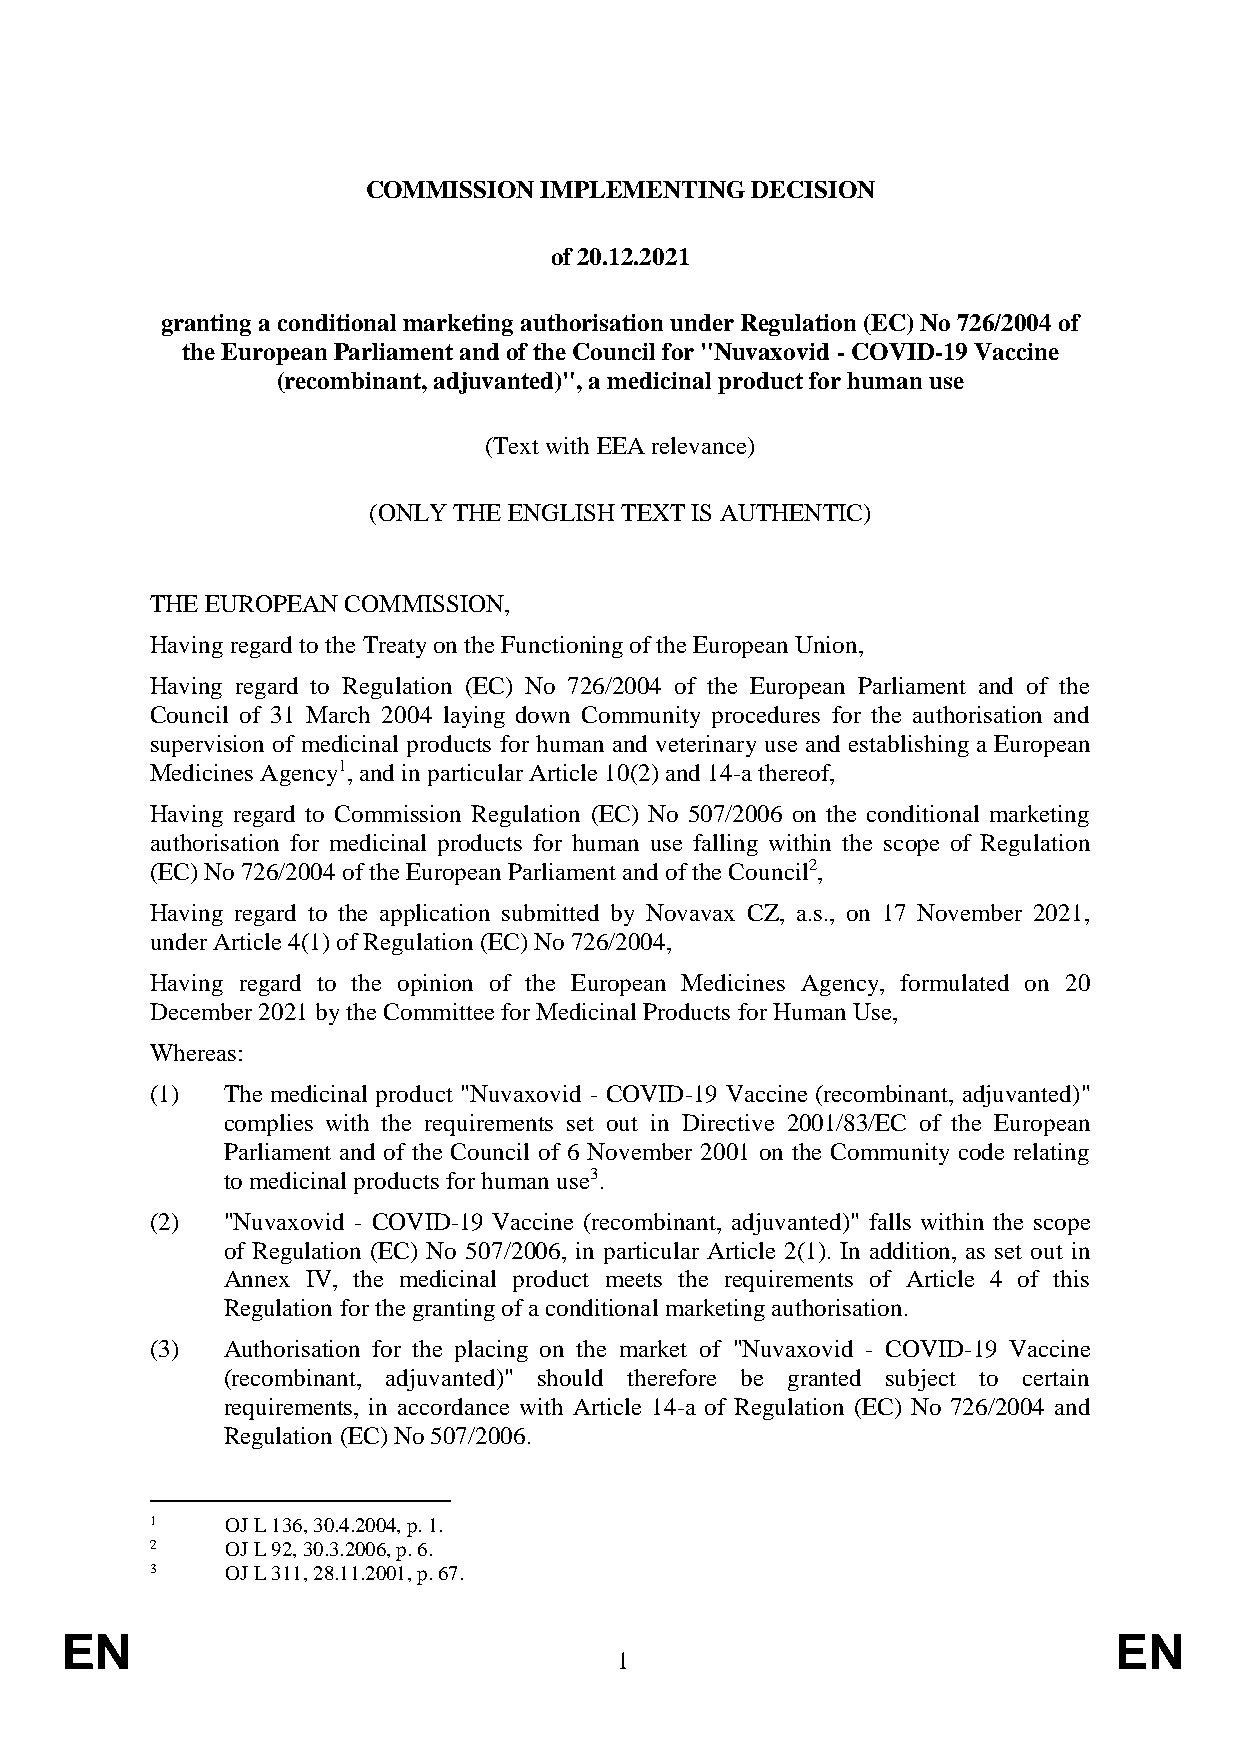
COMMISSION  IMPLEMENTING  DECISION
 of 20.12.2021
 granting a conditional marketing authorisation under Regulation (EC) No 726/2004 of
 the European Parliament and of the Council for "Nuvaxovid - COVID-19 Vaccine
 (recombinant, adjuvanted)", a medicinal product for human use
 (Text with EEA relevance)
 (ONLY THE ENGLISH TEXT IS AUTHENTIC)
 THE EUROPEAN COMMISSION,
 Having regard to the Treaty on the Functioning of the European Union,
 Having regard to Regulation (EC) No 726/2004 of the European Parliament and of the
 Council of 31 March 2004 laying down Community procedures for the authorisation and
 supervision of medicinal products for human and veterinary use and establishing a European
 Medicines Agency1, and in particular Article 10(2) and 14-a thereof,
 Having regard to Commission Regulation (EC) No 507/2006 on the conditional marketing
 authorisation for medicinal products for human use falling within the scope of Regulation
 (EC) No 726/2004 of the European Parliament and of the Council2,
 Having regard to the application submitted by Novavax CZ, a.s., on 17 November 2021,
 under Article 4(1) of Regulation (EC) No 726/2004,
 Having regard to the opinion of the European Medicines Agency, formulated on 20
 December 2021 by the Committee for Medicinal Products for Human Use,
 Whereas:
 (1)  The medicinal product "Nuvaxovid - COVID-19 Vaccine (recombinant, adjuvanted)"
 complies with the requirements set out in Directive 2001/83/EC of the European
 Parliament and of the Council of 6 November 2001 on the Community code relating
 to medicinal products for human use3.
 (2)  "Nuvaxovid - COVID-19 Vaccine (recombinant, adjuvanted)" falls within the scope
 of Regulation (EC) No 507/2006, in particular Article 2(1). In addition, as set out in
 Annex IV, the medicinal product meets the requirements of Article 4 of this
 Regulation for the granting of a conditional marketing authorisation.
 (3)  Authorisation for the placing on the market of "Nuvaxovid - COVID-19 Vaccine
 (recombinant, adjuvanted)" should therefore be granted subject to certain
 requirements, in accordance with Article 14-a of Regulation (EC) No 726/2004 and
 Regulation (EC) No 507/2006.
 1    OJ L 136, 30.4.2004, p. 1.
 2    OJ L 92, 30.3.2006, p. 6.
 3    OJ L 311, 28.11.2001, p. 67.
 EN                                                                    EN
 1